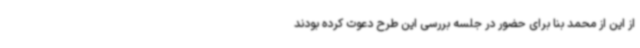
از این از محمد بنا برای حضور در جلسه بررسی این طرح دعوت کرده بودند